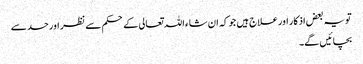
تو یہ بعض اذکار اور علاج ہیں جو کہ ان شاء اللہ تعالی کے حکم سے نظر اور حسد سے
بچائیں گے۔